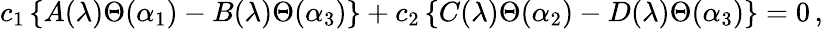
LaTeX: c_{1}\left\{ A(\lambda)\Theta(\alpha_{1})-B(\lambda)\Theta(\alpha_{3})\right\} +c_{2}\left\{ C(\lambda)\Theta(\alpha_{2})-D(\lambda)\Theta(\alpha_{3})\right\} =0\, ,